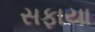
સફાયા